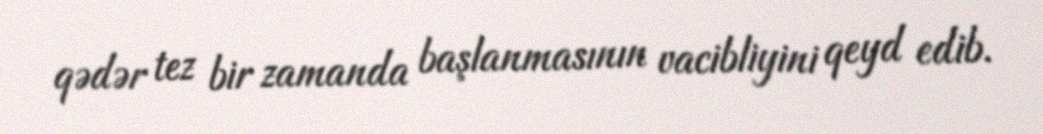
qədər tez bir zamanda başlanmasının vacibliyini qeyd edib.